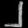
Digit: ၂